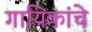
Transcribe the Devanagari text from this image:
गायिकांचे